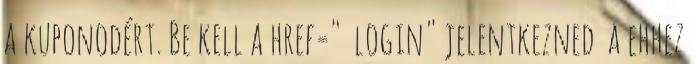
a kuponodért. Be kell a href=" login" jelentkezned a ehhez